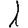
Digit: 1